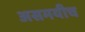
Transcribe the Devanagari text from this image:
असमयीच